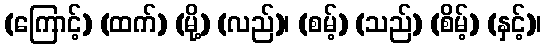
(ကြောင့်) (ထက်) (မို့) (လည်)၊ (စမ့်) (သည်) (စိမ့်) (နှင့်)၊